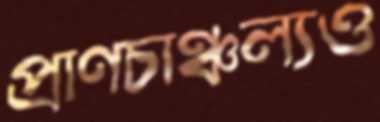
প্রাণচাঞ্চল্যও